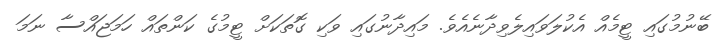
ބޭނުމުގައި ޓީމެއް އެކުލަވައިލެވިދާނެއެވެ. މައިދާނުގައި ވަކި ގޮތަކަށް ޓީމުގެ ކަންތައް ހަމަޖައްސާ ނަމަ